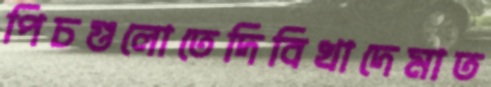
পিচগুলোতেদিবিখাদেমাত